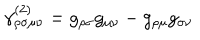
\gamma _ { \rho \sigma \mu \nu } ^ { ( 2 ) } = g _ { \rho \sigma } g _ { \mu \nu } - g _ { \rho \mu } g _ { \sigma \nu }